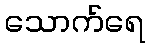
သောက်ရေ